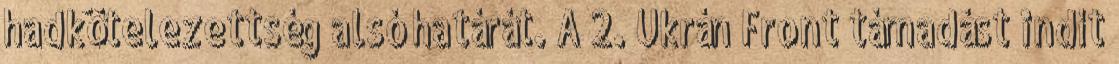
hadkötelezettség alsó határát. A 2. Ukrán Front támadást indít